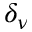
\delta _ { \nu }